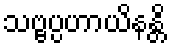
သဗ္ဗပ္ပဟာယိနန္တိ